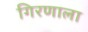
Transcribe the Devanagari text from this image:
गिरणाला